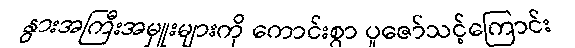
နွားအကြီးအမှူးများကို ကောင်းစွာ ပူဇော်သင့်ကြောင်း